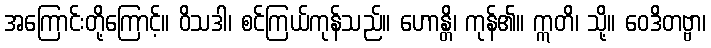
အကြောင်းတို့ကြောင့်။ ဝိသဒါ၊ စင်ကြယ်ကုန်သည်။ ဟောန္တိ၊ ကုန်၏။ ဣတိ၊ သို့။ ဝေဒိတဗ္ဗာ၊